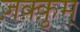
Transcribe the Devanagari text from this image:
ज़क़्क़ुम्